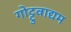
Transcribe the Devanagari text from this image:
गोट्टुवाद्यम